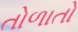
તોળાતો